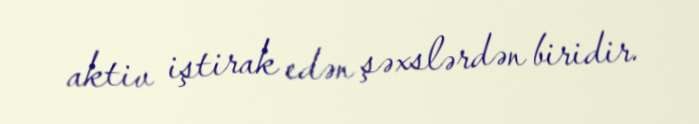
aktiv iştirak edən şəxslərdən biridir.